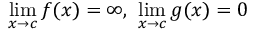
\operatorname* { l i m } _ { x \to c } f ( x ) = \infty , \ \operatorname* { l i m } _ { x \to c } g ( x ) = 0